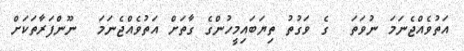
އަތުވެއްޖެނަމަ ނުވަތަ  ގެ ވަގުތު ތިޔަބައިމީހުންގެ ގާތަށް އަތުވެއްޖެނަމަ  ނޫންފަރާތަކަށް